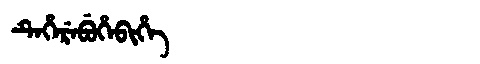
Manchu: ᡨᡝᡥᡝᡵᡝᠪᡠᡥᡝᠪᡳᡥᡝ
Romanization: TEHEREBUHEBIHE